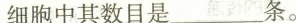
细胞中其数目是___条